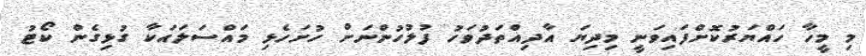
މި މީހާ ހައްޔަރުކޮށްފައިވަނީ މިދިޔަ އާދިއްތަދުވަހު ފުލުހުންނަށް ހުށަހެޅި މައްސަލައަކާ ގުޅިގެން ކޯޓު